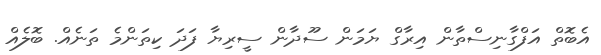
އެބޮތް އަފްގާނިސްތާން އިރާގް ޔަމަން ސޫދާން ސީރިޔާ ފަދަ ކިތަންމެ ތަނެއް. ބޮލެއް